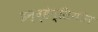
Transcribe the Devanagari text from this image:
इन्व्हेन्सियॉन